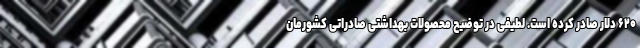
۶۲۰ دلار صادر کرده است. لطیفی در توضیح محصولات بهداشتی صادراتی کشورمان